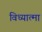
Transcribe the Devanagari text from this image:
विध्यात्मा